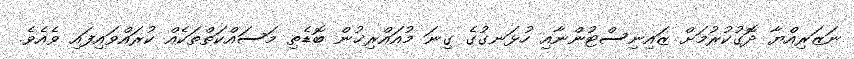
ނަޒަރިއްޔާ ދޮގުކުރުމަށް ޒައިނިސްޓުންނާއި ހުޅަނގުގެ ގިނަ މުއައްރިޚުން ބޮޑެތި މަސައްކަތްތަކެއް ކުރައްވައިފައި ވެއެވެ.